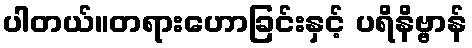
ပါတယ်။တရားဟောခြင်းနှင့် ပရိနိဗ္ဗာန်